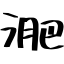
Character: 淝